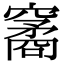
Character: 䆷